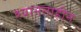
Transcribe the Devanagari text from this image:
श्यानताहीन